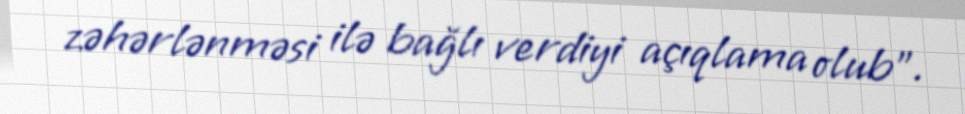
zəhərlənməsi ilə bağlı verdiyi açıqlama olub”.